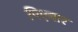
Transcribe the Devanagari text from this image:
पिएनार